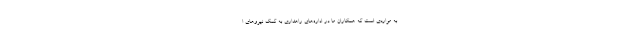
به مواردی است که همکاران ما در اداره‌های راهداری به کمک نیروهای ا